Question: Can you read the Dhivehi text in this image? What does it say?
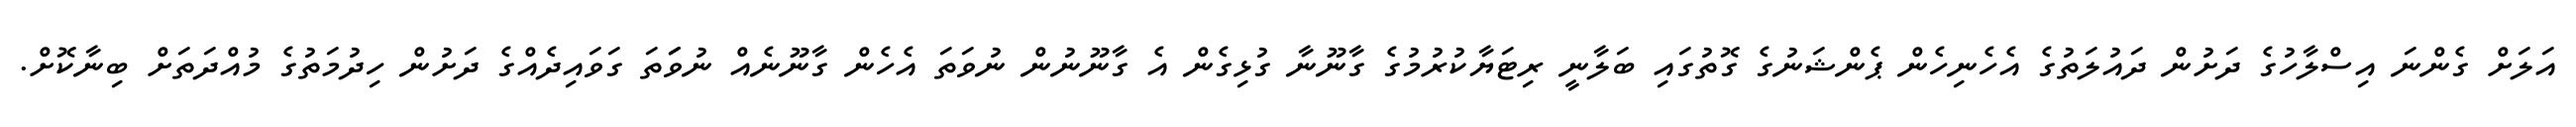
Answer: އަލަށް ގެންނަ އިސްލާހުގެ ދަށުން ދައުލަތުގެ އެހެނިހެން ޕެންޝަނުގެ ގޮތުގައި ބަލާނީ ރިޓަޔާކުރުމުގެ ގާނޫނާ ގުޅިގެން އެ ގާނޫނުން ނުވަތަ އެހެން ގާނޫނެއް ނުވަަތަ ގަވައިދެއްގެ ދަށުން ހިދުމަތުގެ މުއްދަތަށް ބިނާކޮށް.